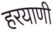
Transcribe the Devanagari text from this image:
हरयाणी